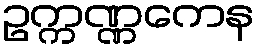
ဥက္ကဏ္ဏကေန